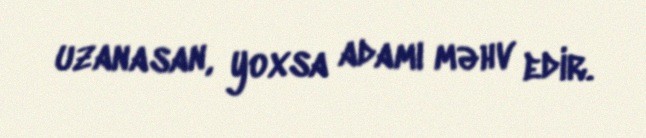
uzanasan, yoxsa adamı məhv edir.